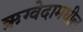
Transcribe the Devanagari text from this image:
ऋग्वेदामधील